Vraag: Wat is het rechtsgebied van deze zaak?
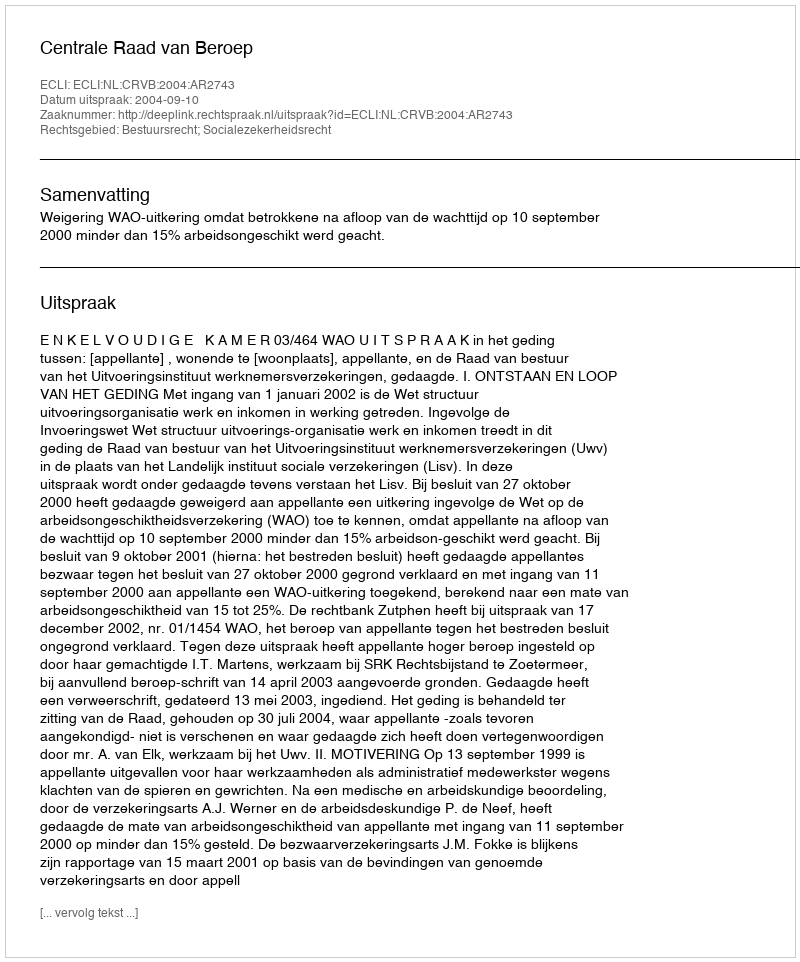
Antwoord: Bestuursrecht; Socialezekerheidsrecht